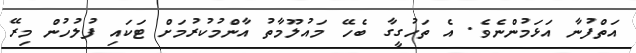
އަތްފުނާ އަޅަމުންނެވެ. އެ ތަހުގީގާ ބެހޭ މައުލޫމާތު އާންމުކުރުމަށް ޓަކައި ފުލުހުން މިރޭ